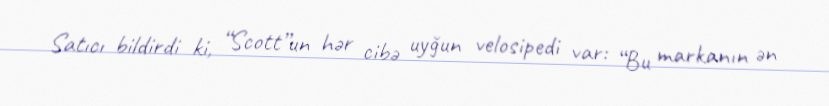
Satıcı bildirdi ki, “Scott”un hər cibə uyğun velosipedi var: “Bu markanın ən